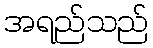
အရည်သည်